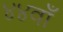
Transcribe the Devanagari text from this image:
४४वाँ